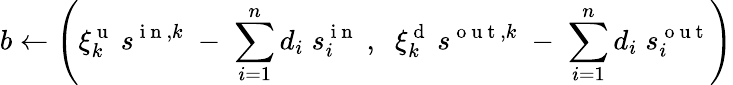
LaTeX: b\gets\left(\xi_{k}^{\mathrm{~u~}}\: s^{\mathrm{~i~n~},k}\; -\; \sum_{i=1}^{n}d_{i}\; s_{i}^{\mathrm{~i~n~}}\; ,\; \; \xi_{k}^{\mathrm{~d~}}\: s^{\mathrm{~o~u~t~},k}\; -\; \sum_{i=1}^{n}d_{i}\; s_{i}^{\mathrm{~o~u~t~}}\right)